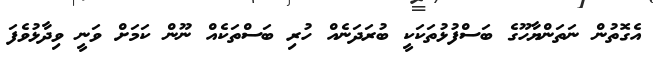
އެގޮތުން ނަތަންޔާހޫގެ ބަސްފުޅުތަކަކީ ބުރަދަނެއް ހުރި ބަސްތަކެއް ނޫން ކަމަށް ވަނީ ވިދާޅުވެފަ